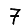
Digit: 7